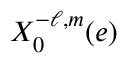
X _ { 0 } ^ { - \ell , m } ( e )